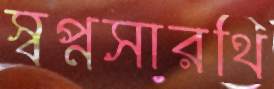
স্বপ্নসারথি